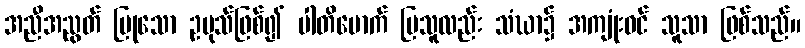
အညီအညွတ် ပြုသော ဥပုသ်ဖြစ်၍ ပါတိမောက် ပြသူလည်း သံဃာ၌ အကျုံးဝင် သူသာ ဖြစ်သည်။